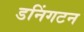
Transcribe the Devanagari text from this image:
डनिंगटन